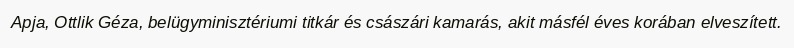
Apja, Ottlik Géza, belügyminisztériumi titkár és császári kamarás, akit másfél éves korában elveszített.